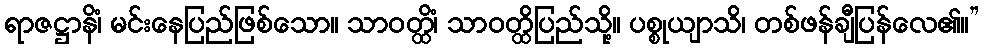
ရာဇဋ္ဌာနိံ၊ မင်းနေပြည်ဖြစ်သော။ သာဝတ္ထိံ၊ သာဝတ္ထိပြည်သို့။ ပစ္စုယျာသိ၊ တစ်ဖန်ချီပြန်လေ၏။”